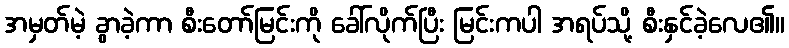
အမှတ်မဲ့ ခွာခဲ့ကာ စီးတော်မြင်းကို ခေါ်လိုက်ပြီး မြင်းကပါ အရပ်သို့ စီးနှင်ခဲ့လေ၏။